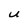
Character: U